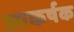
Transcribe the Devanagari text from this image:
आकर्षक